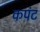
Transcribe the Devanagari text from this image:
कपंट